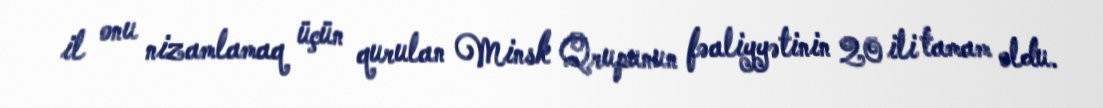
il onu nizamlamaq üçün qurulan Minsk Qrupunun fəaliyyətinin 20 ili tamam oldu.